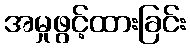
အမှုဖွင့်ထားခြင်း